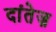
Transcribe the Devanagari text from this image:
दांतेज़